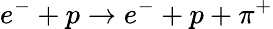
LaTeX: e^{-}+p\rightarrow e^{-}+p+\pi^{+}